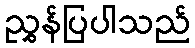
ညွှန်ပြပါသည်